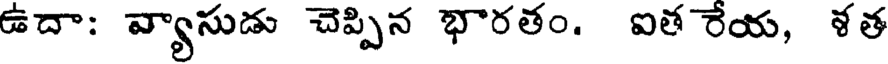
ఉదా: వ్యాసుడు చెప్పిన భారతం. ఐత రేయ, ళత